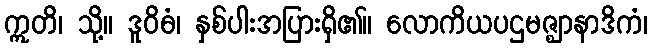
ဣတိ၊ သို့။ ဒူဝိဓံ၊ နှစ်ပါးအပြားရှိ၏။ လောကိယပဌမဇ္ဈာနာဒိကံ၊